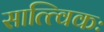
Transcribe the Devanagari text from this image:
सात्त्विकः